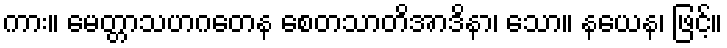
ကား။ မေတ္တာသဟဂတေန စေတသာတိအာဒိနာ၊ သော။ နယေန၊ ဖြင့်။